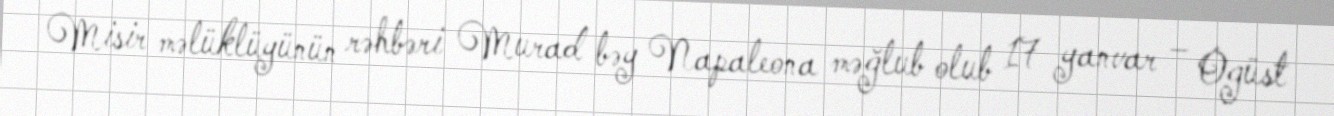
Misir məlüklüyünün rəhbəri Murad bəy Napaleona məğlub olub 17 yanvar – Ogüst